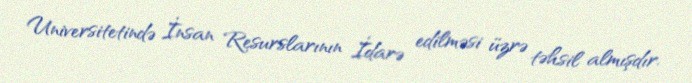
Universitetində İnsan Resurslarının İdarə edilməsi üzrə təhsil almışdır.